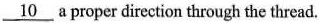
\underline{10} a proper direction through the thread.